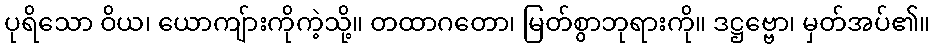
ပုရိသော ဝိယ၊ ယောကျ်ားကိုကဲ့သို့။ တထာဂတော၊ မြတ်စွာဘုရားကို။ ဒဋ္ဌဗ္ဗော၊ မှတ်အပ်၏။